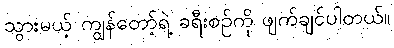
သွားမယ့် ကျွန်တော့်ရဲ့ ခရီးစဉ်ကို ဖျက်ချင်ပါတယ်။